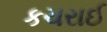
કચરાઈ